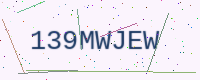
Text: 139MWJEW